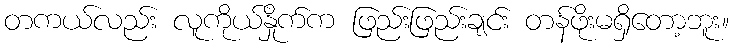
တကယ်လည်း လူကိုယ်နှိုက်က ဖြည်းဖြည်းချင်း တန်ဖိုးမရှိတော့ဘူး။